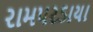
રામપરડાયા